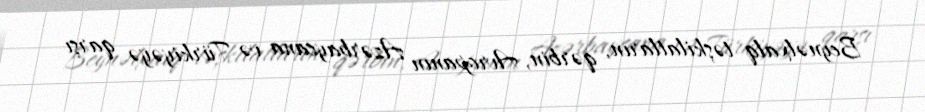
Beynəlxalq təşkilatların, qərbin, Avropanın Azərbaycana və Türkiyəyə qarşı